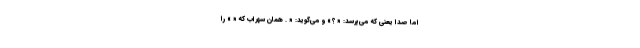
اما صدا یعنی که می‌پرسد: « ؟» و می‌گوید: « . همان سهراب که « » را